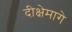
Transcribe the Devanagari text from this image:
दीक्षेमागे